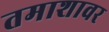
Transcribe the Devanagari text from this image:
तमाशावर